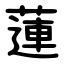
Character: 蓮